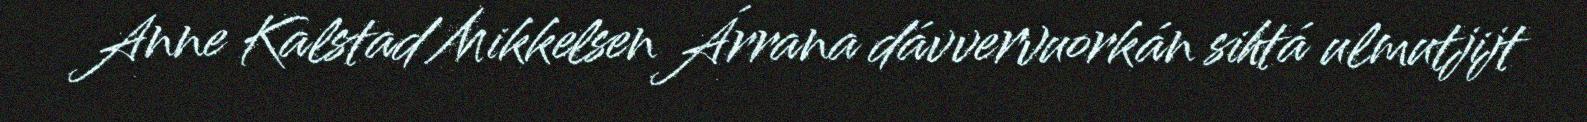
Anne Kalstad Mikkelsen Árrana dávvervuorkán sihtá ulmutjijt